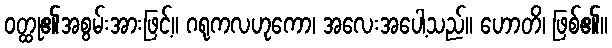
ဝတ္ထု၏အစွမ်းအားဖြင့်။ ဂရုကလဟုကော၊ အလေးအပေါ့သည်။ ဟောတိ၊ ဖြစ်၏။